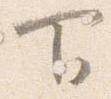
下